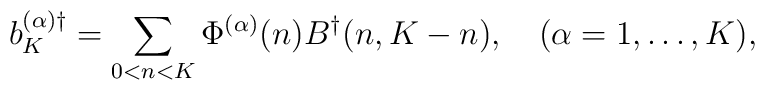
b^{(\alpha)\dagger}_K=\sum_{0<n<K}\Phi^{(\alpha)}(n)B^{\dagger}(n,K-n), \ \ \ (\alpha=1,\ldots,K),